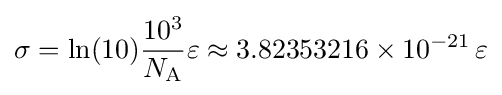
\sigma =\ln(10){\frac {10^{3}}{N_{\text{A}}}}\varepsilon \approx 3.82353216\times 10^{-21}\,\varepsilon